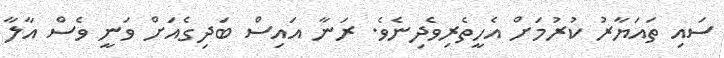
ސައި ތައަޔާރު ކުރުމަށް އެހީތެރިވެދިނެވެ. ރަނާ އައިސް ބަދިގެއަށް ވަނީ ވެސް އާލާ